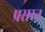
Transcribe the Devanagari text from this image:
प्रसरन